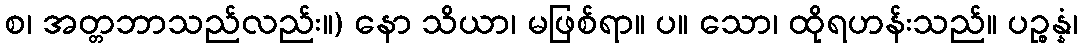
စ၊ အတ္တဘာသည်လည်း။) နော သိယာ၊ မဖြစ်ရာ။ ပ။ သော၊ ထိုရဟန်းသည်။ ပဉ္စန္နံ၊